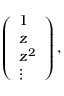
\left( \begin{array} { l } { { 1 } } \\ { { z } } \\ { { z ^ { 2 } } } \\ { { \vdots } } \end{array} \right) ,